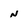
Character: N